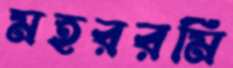
মহররমি